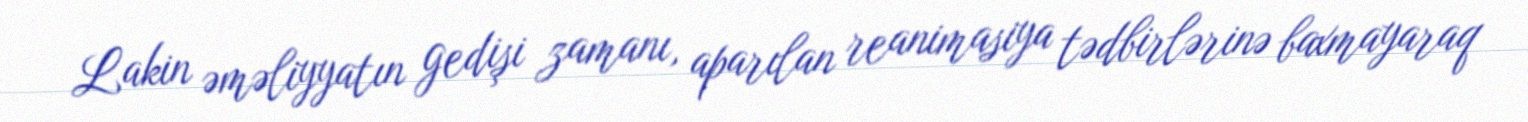
Lakin əməliyyatın gedişi zamanı, aparılan reanimasiya tədbirlərinə baxmayaraq